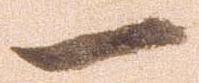
一